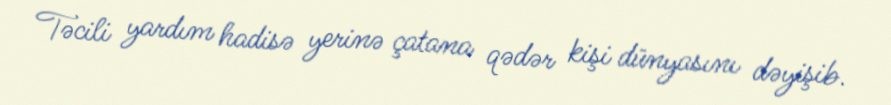
Təcili yardım hadisə yerinə çatana qədər kişi dünyasını dəyişib.